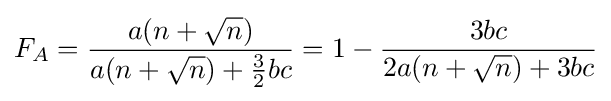
F_{A}={\frac {a(n+{\sqrt {n}})}{a(n+{\sqrt {n}})+{\frac {3}{2}}bc}}=1-{\frac {3bc}{2a(n+{\sqrt {n}})+3bc}}